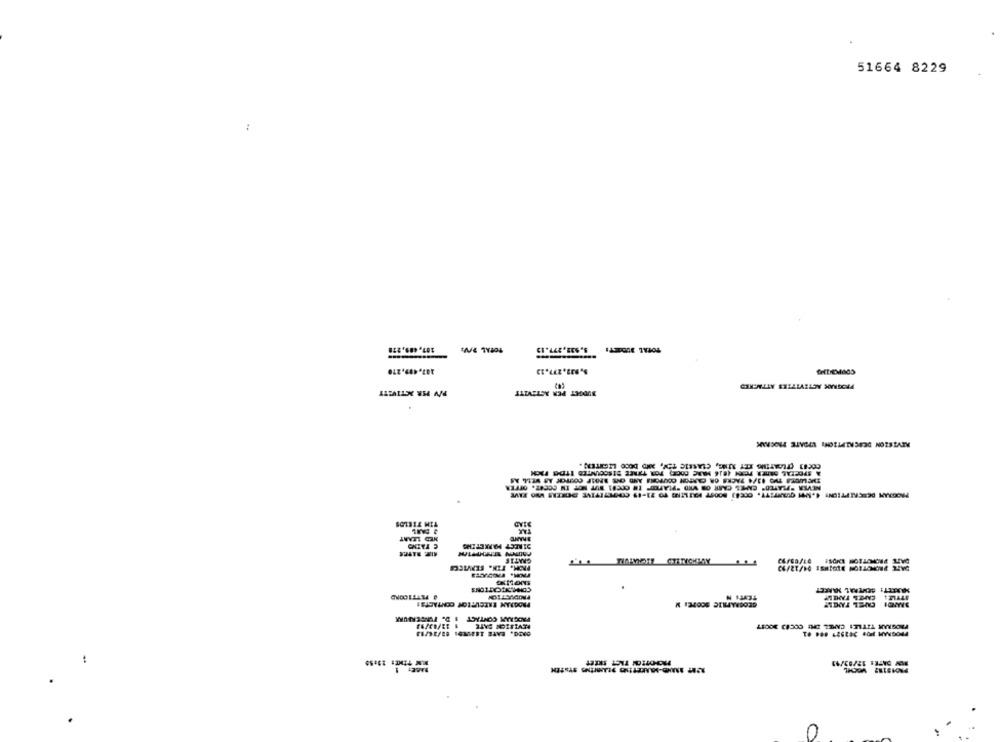
51664 8229
:
TOTAL M/V:
NY HR KTIVETT
tal
BUDGET PER ACTIVITY
TINIMESTE CTANICHMAY
MAURETT: CENTRAL MARKET
TEST: N
0